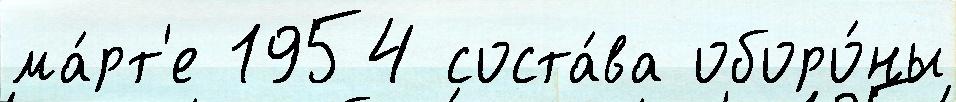
ма́рт'е 1954 соста́ва оборо́ны